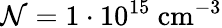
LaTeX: \mathcal{N}=1\cdot 10^{15}\mathrm{~cm}^{-3}